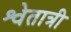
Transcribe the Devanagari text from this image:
श्वेतात्री